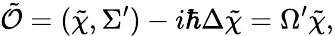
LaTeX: \tilde{\cal O}=(\tilde{\chi},\Sigma^{\prime})-i\hbar\Delta\tilde{\chi}=\Omega^{\prime}\tilde{\chi},